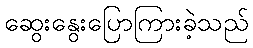
ဆွေးနွေးပြောကြားခဲ့သည်